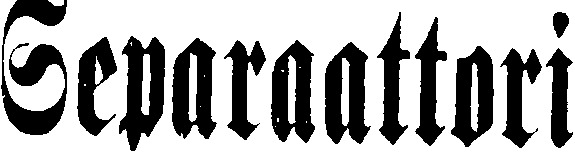
Separaattori